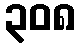
၃၀၈